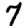
Digit: 7